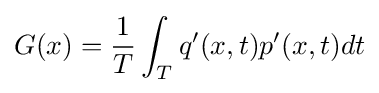
G(x)={\frac {1}{T}}\int _{T}q'(x,t)p'(x,t)dt